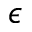
\epsilon